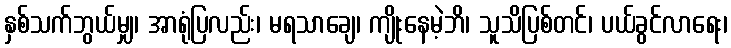
နှစ်သက်ဘွယ်မျှ၊ အာရုံပြလည်း၊ မရသာချေ၊ ကျိုးနေမဲ့ဘိ၊ သူသိပြစ်တင်၊ ပယ်ခွင်လာရေး၊